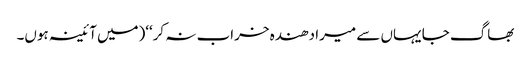
بھاگ جا یہاں سے میرا دھندہ خراب نہ کر‘‘(میں آئینہ ہوں۔